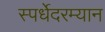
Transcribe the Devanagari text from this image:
स्पर्धेेदरम्यान